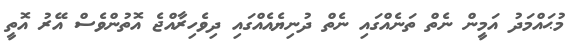
މުޙައްމަދު އަމީން ނެތް ތަނެއްގައި ނެތް ދުނިޔެއެއްގައި ދިވެހިރާއްޖެ އޮތުންވެސް އޭރު އޮތީ